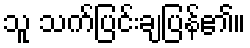
သူ သက်ပြင်းချပြန်၏။